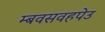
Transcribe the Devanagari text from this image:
म्बवसवहपेउ